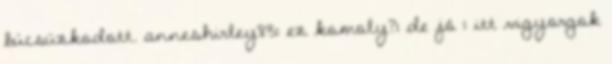
búcsúzkodott. anneshirley83: ez komoly?: de jó : itt vigyorgok